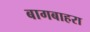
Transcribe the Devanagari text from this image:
बागबाहरा